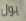
يول